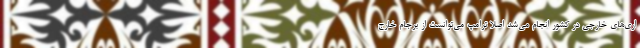
اری‌های خارجی در کشور انجام می‌شد اصلاً ترامپ می‌توانست از برجام خارج